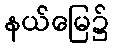
နယ်မြေ၌